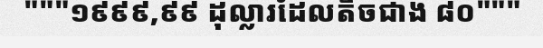
"""១៩៩៩,៩៩ ដុល្លារដែលតិចជាង ៨០"""